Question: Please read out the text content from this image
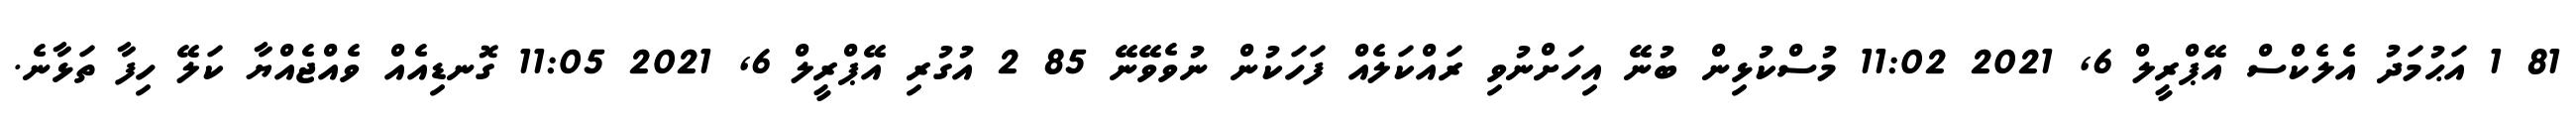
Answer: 81 1 އަޙުމަދު އެލެކްސް އޭޕްރީލް 6, 2021 11:02 މުސްކުޅިން ބުނޭ އިހަށްނުވި ރައްކަލެއް ފަހަކުން ނުވެވޭނޭ 85 2 އުގުރި އޭޕްރީލް 6, 2021 11:05 ގޮނޑިއެއް ވެއްޖެއްޔާ ކަލޭ ހިފާ ތަޅާނެ.